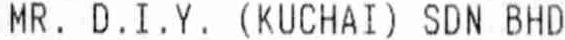
MR. D.I.Y. (KUCHAI) SDN BHD